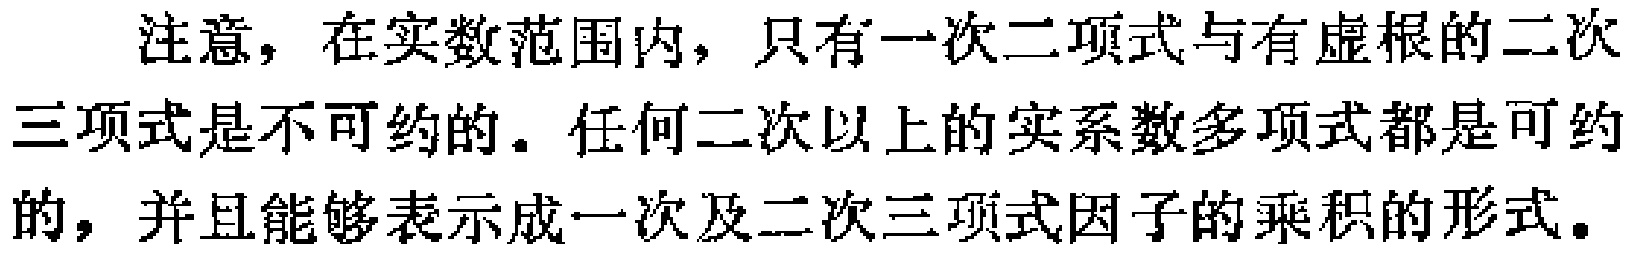
注意，在实数范围内，只有一次二项式与有虚根的二次三项式是不可约的。任何二次以上的实系数多项式都是可约的，并且能够表示成一次及二次三项式因子的乘积的形式。